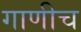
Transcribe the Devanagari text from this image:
गाणीच